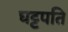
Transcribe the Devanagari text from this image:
घट्टपति